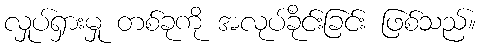
လှုပ်ရှားမှု တစ်ခုကို အလုပ်ခိုင်းခြင်း ဖြစ်သည်။